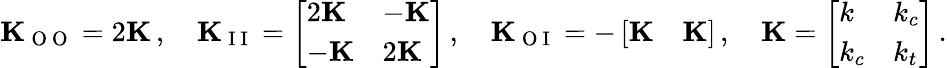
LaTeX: \mathbf{K}_{\mathrm{~O~O~}}=2\mathbf{K}\, ,\quad\mathbf{K}_{\mathrm{~I~I~}}=\left[\begin{array}{ll}{2\mathbf{K}}&{-\mathbf{K}}\\ {-\mathbf{K}}&{2\mathbf{K}}\end{array}\right]\, ,\quad\mathbf{K}_{\mathrm{~O~I~}}=-\left[\begin{array}{ll}{\mathbf{K}}&{\mathbf{K}}\end{array}\right]\, ,\quad\mathbf{K}=\left[\begin{array}{ll}{k}&{k_{c}}\\ {k_{c}}&{k_{t}}\end{array}\right]\, .